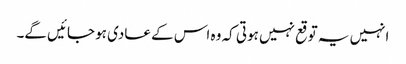
انہیں یہ توقع نہیں ہوتی کہ وہ اس کے عادی ہو جائیں گے۔